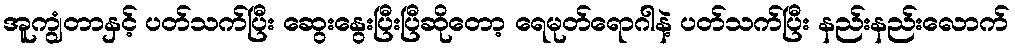
အူကျွံတာနှင့် ပတ်သက်ပြီး ဆွေးနွေးပြီးပြီဆိုတော့ ရေမုတ်ရောဂါနဲ့ ပတ်သက်ပြီး နည်းနည်းလောက်